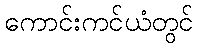
ကောင်းကင်ယံတွင်